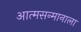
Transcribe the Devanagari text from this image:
आत्मसन्मानाला